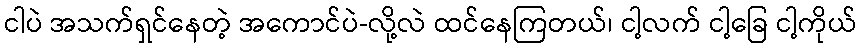
ငါပဲ အသက်ရှင်နေတဲ့ အကောင်ပဲ-လို့လဲ ထင်နေကြတယ်၊ ငါ့လက် ငါ့ခြေ ငါ့ကိုယ်